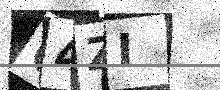
Text: C4ZI